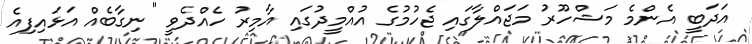
އަދަބީ އެންމެ މަޝްހޫރު މަޖައްލާގައި ޖެހުމުގެ އުއްމީދުގައި އާމިރު ހެއްދެވީ "ނިގާބެއް އަޅައިފިއެ